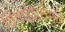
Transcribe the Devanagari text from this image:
विवाहप्रथेमुळे